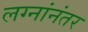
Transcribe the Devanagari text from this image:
लग्नांनंतर